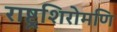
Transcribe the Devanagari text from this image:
राष्ट्रशिरोमणि